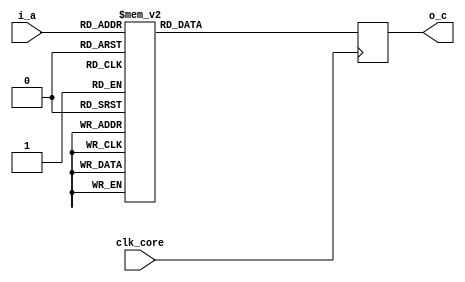
module fm_3d_tu_etc_rom (
  clk_core,
  i_a,
  o_c
);

////////////////////////////
// I/O definition
////////////////////////////
    input         clk_core;
    input  [4:0]  i_a;  // table 3bits, index 2bits
    output [8:0]  o_c;

////////////////////////////
// reg
////////////////////////////
    reg    [8:0]  r_c;
////////////////////////////
// assign
////////////////////////////
    assign o_c = r_c;
///////////////////////////////////////////
//  always statement
///////////////////////////////////////////
    always @(posedge clk_core) begin
        case (i_a)
            5'b000_00:   r_c <= 9'h002;  // table0, index0 =  2
            5'b000_01:   r_c <= 9'h008;  // table0, index1 =  8
            5'b000_10:   r_c <= 9'h1fe;  // table0, index2 = -2
            5'b000_11:   r_c <= 9'h1f8;  // table0, index3 = -8
            5'b001_00:   r_c <= 9'h005;  // table1, index0 =  5
            5'b001_01:   r_c <= 9'h011;  // table1, index1 =  17
            5'b001_10:   r_c <= 9'h1fb;  // table1, index2 = -5
            5'b001_11:   r_c <= 9'h1ef;  // table1, index3 = -17
            5'b010_00:   r_c <= 9'h009;  // table2, index0 =  9
            5'b010_01:   r_c <= 9'h01d;  // table2, index1 =  29
            5'b010_10:   r_c <= 9'h1f7;  // table2, index2 = -9
            5'b010_11:   r_c <= 9'h1e3;  // table2, index3 = -29
            5'b011_00:   r_c <= 9'h00d;  // table3, index0 =  13
            5'b011_01:   r_c <= 9'h02a;  // table3, index1 =  42
            5'b011_10:   r_c <= 9'h1f3;  // table3, index2 = -13
            5'b011_11:   r_c <= 9'h1d6;  // table3, index3 = -42
            5'b100_00:   r_c <= 9'h012;  // table4, index0 =  18
            5'b100_01:   r_c <= 9'h03c;  // table4, index1 =  60
            5'b100_10:   r_c <= 9'h1ee;  // table4, index2 = -18
            5'b100_11:   r_c <= 9'h1c4;  // table4, index3 = -60
            5'b101_00:   r_c <= 9'h018;  // table5, index0 =  24
            5'b101_01:   r_c <= 9'h050;  // table5, index1 =  80
            5'b101_10:   r_c <= 9'h1e8;  // table5, index2 = -24
            5'b101_11:   r_c <= 9'h1b0;  // table5, index3 = -80
            5'b110_00:   r_c <= 9'h021;  // table6, index0 =  33
            5'b110_01:   r_c <= 9'h06a;  // table6, index1 =  106
            5'b110_10:   r_c <= 9'h1df;  // table6, index2 = -33
            5'b110_11:   r_c <= 9'h196;  // table6, index3 = -106
            5'b111_00:   r_c <= 9'h02f;  // table7, index0 =  47
            5'b111_01:   r_c <= 9'h0b7;  // table7, index1 =  183
            5'b111_10:   r_c <= 9'h1d1;  // table7, index2 = -47
            5'b111_11:   r_c <= 9'h149;  // table7, index3 = -183
            default: r_c <= 9'h000;
        endcase
    end


endmodule